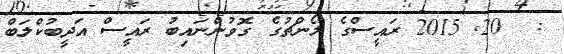
:  20